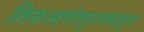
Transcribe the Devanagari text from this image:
तिरुअनंतपुरमपासून